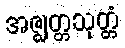
အဇ္ဈတ္တသုတ္တံ